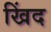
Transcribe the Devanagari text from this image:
खिंद